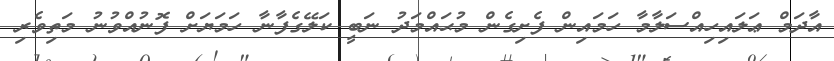
އާދަމް ޢަލައިހިއްސަލާމާ ހަމައިން ފެށިގެން މުޙައްމަދު ނަބީ ކަލޭގެފާނާ ހަމަޔަށް ފޮނުއްވުނު މަތިވެރި